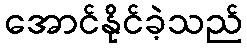
အောင်နိုင်ခဲ့သည်